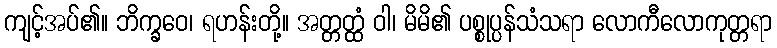
ကျင့်အပ်၏။ ဘိက္ခဝေ၊ ရဟန်းတို့။ အတ္တတ္ထံ ဝါ၊ မိမိ၏ ပစ္စုပ္ပန်သံသရာ လောကီလောကုတ္တရာ